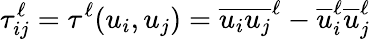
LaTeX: \tau_{ij}^{\ell}=\tau^{\ell}(u_{i},u_{j})=\overline{{u_{i}u_{j}}}^{\ell}-\overline{{u}}_{i}^{\ell}\overline{{u}}_{j}^{\ell}